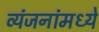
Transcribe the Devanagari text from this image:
व्यंजनांमध्ये